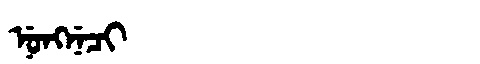
Manchu: ᠨᡠᠩᠨᡝᠴᡳ
Romanization: NUNGNECI